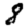
Digit: 8